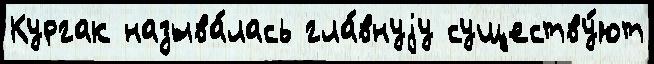
Кургак называ́лась гла́внуjу существу́ют